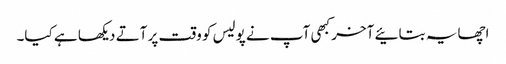
اچھا یہ بتائیے آخر کبھی آپ نے پولیس کو وقت پر آتے دیکھا ہے کیا۔